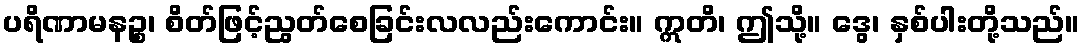
ပရိဏာမနဉ္စ၊ စိတ်ဖြင့်ညွတ်စေခြင်းလလည်းကောင်း။ ဣတိ၊ ဤသို့။ ဒွေ၊ နှစ်ပါးတို့သည်။